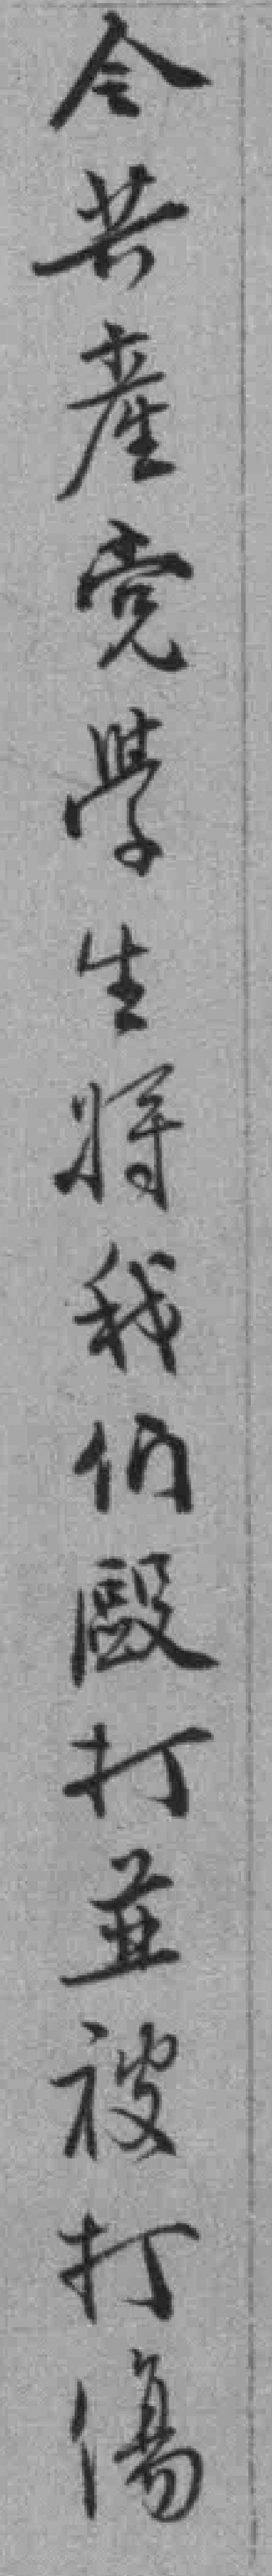
令共產党學生将我们歐打並被打傷